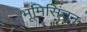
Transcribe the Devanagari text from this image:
भूमिसिंचन